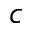
^ { c }